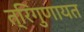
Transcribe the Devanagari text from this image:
त्रिगुणायत